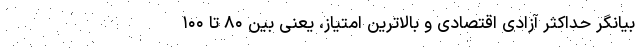
بیانگر حداکثر آزادی اقتصادی و بالاترین امتیاز، یعنی بین ۸۰ تا ۱۰۰